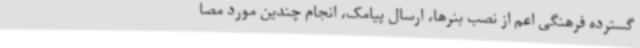
گسترده فرهنگی اعم از نصب بنرها، ارسال پیامک، انجام چندین مورد مصا